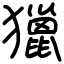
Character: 獵